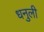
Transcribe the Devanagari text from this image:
धनुली